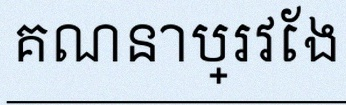
គណនាប្រវែង